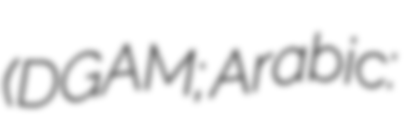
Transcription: (DGAM; Arabic: المديرية